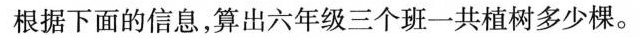
根据下面的信息，算出六年级三个班一共植树多少棵。